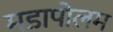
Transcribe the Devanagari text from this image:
मडापोलम